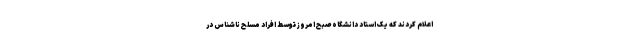
اعلام کردند که یک استاد دانشگاه صبح امروز توسط افراد مسلح ناشناس در